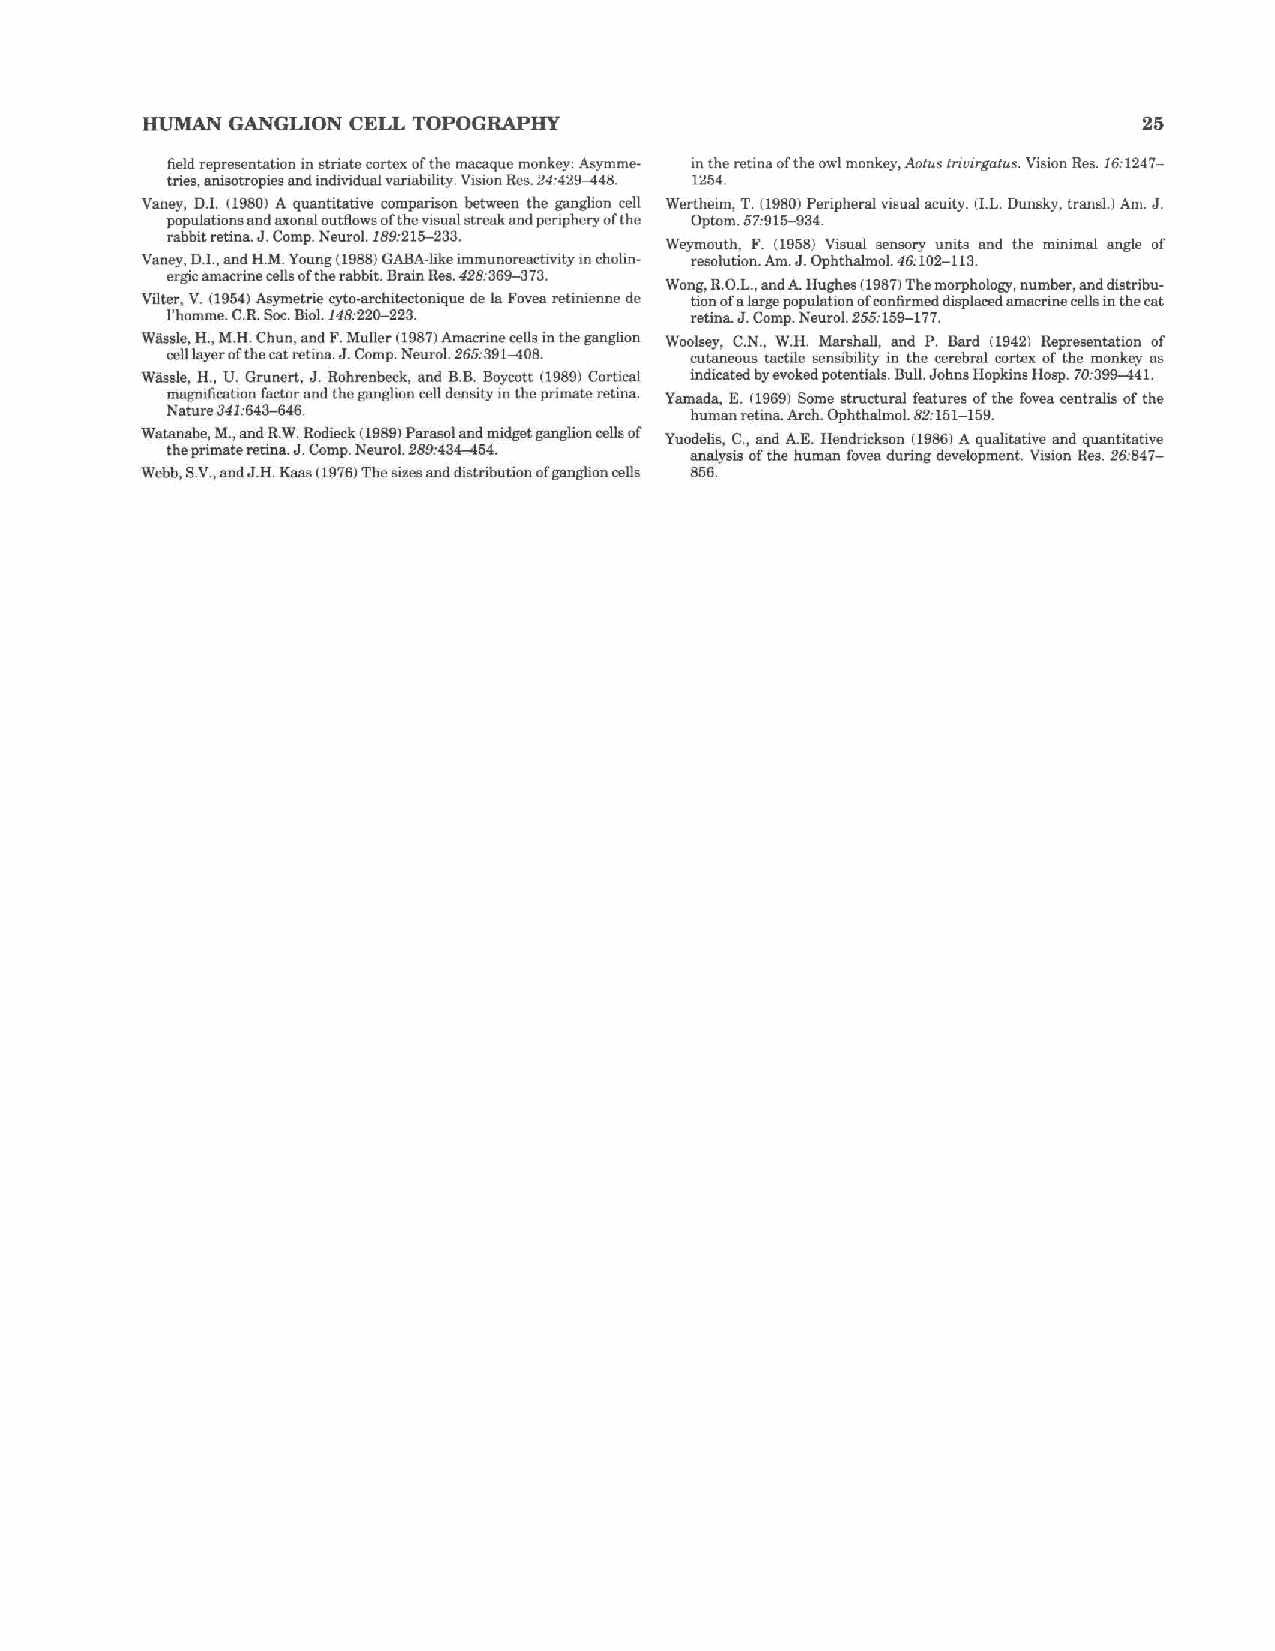
HUMAN GANGLION CELL TOPOGRAPHY                                     25
 field representation in striate cortex of the macaque monkey: Asymme· in the retina of the owl monkey, Aotus triuirgatus. Vision Res. 16:1247-
 tries, anisotropies and individual variability. Vision Res. 24:429-448. 1254.
 Yaney, 0.1. (1980) A quantitative comparison between the ganglion cell Wertheim, T. (1980} Peripheral visual acuity. (I.L. Ounsky, trans!.) Am. J.
 populations and axonal outflows of the visual streak and periphery of the Optom. 57:915-934.
 rabbit retina. J. Comp. Neural. 189:215-233.
 Weymouth, F. (1958) Visual sensory units and the minimal angle of
 Yaney, 0.1., and H.M. Young (1988) GABA-like immunoreactivity in cholin resolution. Am. J. Ophthalmol. 46:102-113.
 ergic amacrine cells of the rabbit. Brain Res. 428:369--373.
 Wong, R.O.L., and A. Hughes (1987) The morphology, number, and distribu
 Vilter, V. (1954} Asymetrie cyto-architectonique de Ia Fovea retinienne de tion of a large population of confirmed displaced amacrine cells in the cat
 l'homme. C.R. Soc. Bio1.148:22()-223. retina. J. Comp. Neural. 255:159-177.
 Wiissle, H., M.H. Chun, and F. Muller (1987) Amacrine cells in the ganglion Woolsey, C.N., W.H. Marshall, and P. Bard (1942) Representation of
 cell layer of the cat retina. J. Comp. Neurol. 265:391-408. cutaneous tactile sensibility in the cerebral cortex of the monkey as
 Wiissle, H., U. Grunert, J. Rohrenbcck, and B.B. Boycott (1989) Cortical indicated by evoked potentials. Bull. Johns Hopkins Hosp. 70:399-441.
 magnification factor and the ganglion cell density in the primate retina. Yamada, E. (1969) Some structural features of the fovea centralis of the
 Nature 341:643-646.                human retina. Arch. Ophthalmol. 82:151-159.
 Watanabe, M., and R.W. Rodieck ( 1989) Parasol and midget ganglion cells of Yuodelis, C., and A.E. Hendrickson (1986) A qualitative and quantitative
 the primate retina. J. Comp. Neural. 289:434-454. analysis of the human fovea during development. Vision Res. 26:847-
 Webb, S.V., and J.H. Kaas ( 1976) The sizes and distribution of ganglion cells 856.